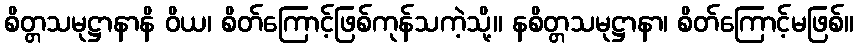
စိတ္တသမုဋ္ဌာနာနိ ဝိယ၊ စိတ်ကြောင့်ဖြစ်ကုန်သကဲ့သို့။ နစိတ္တသမုဋ္ဌာနာ၊ စိတ်ကြောင့်မဖြစ်။